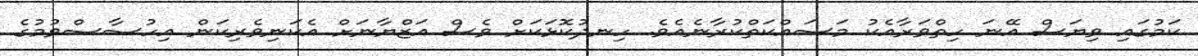
ކަމުގައި ވިޔަސް އޭނަ ހިތްވަރާއެކު މަސައްކަތްކުރާނެއެވެ. ހިނދުކޮޅަކަށް ވެސް އަޒްޔާނަށް އެކަނިވެރިކަން އިހުސާސްވުމުގެ